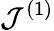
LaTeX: \mathcal{J}^{(1)}